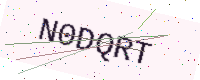
Text: N0DQRT